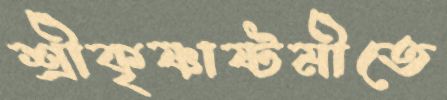
শ্রীকৃষ্ণাষ্টমীতে